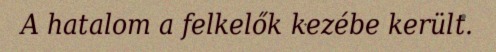
A hatalom a felkelők kezébe került.